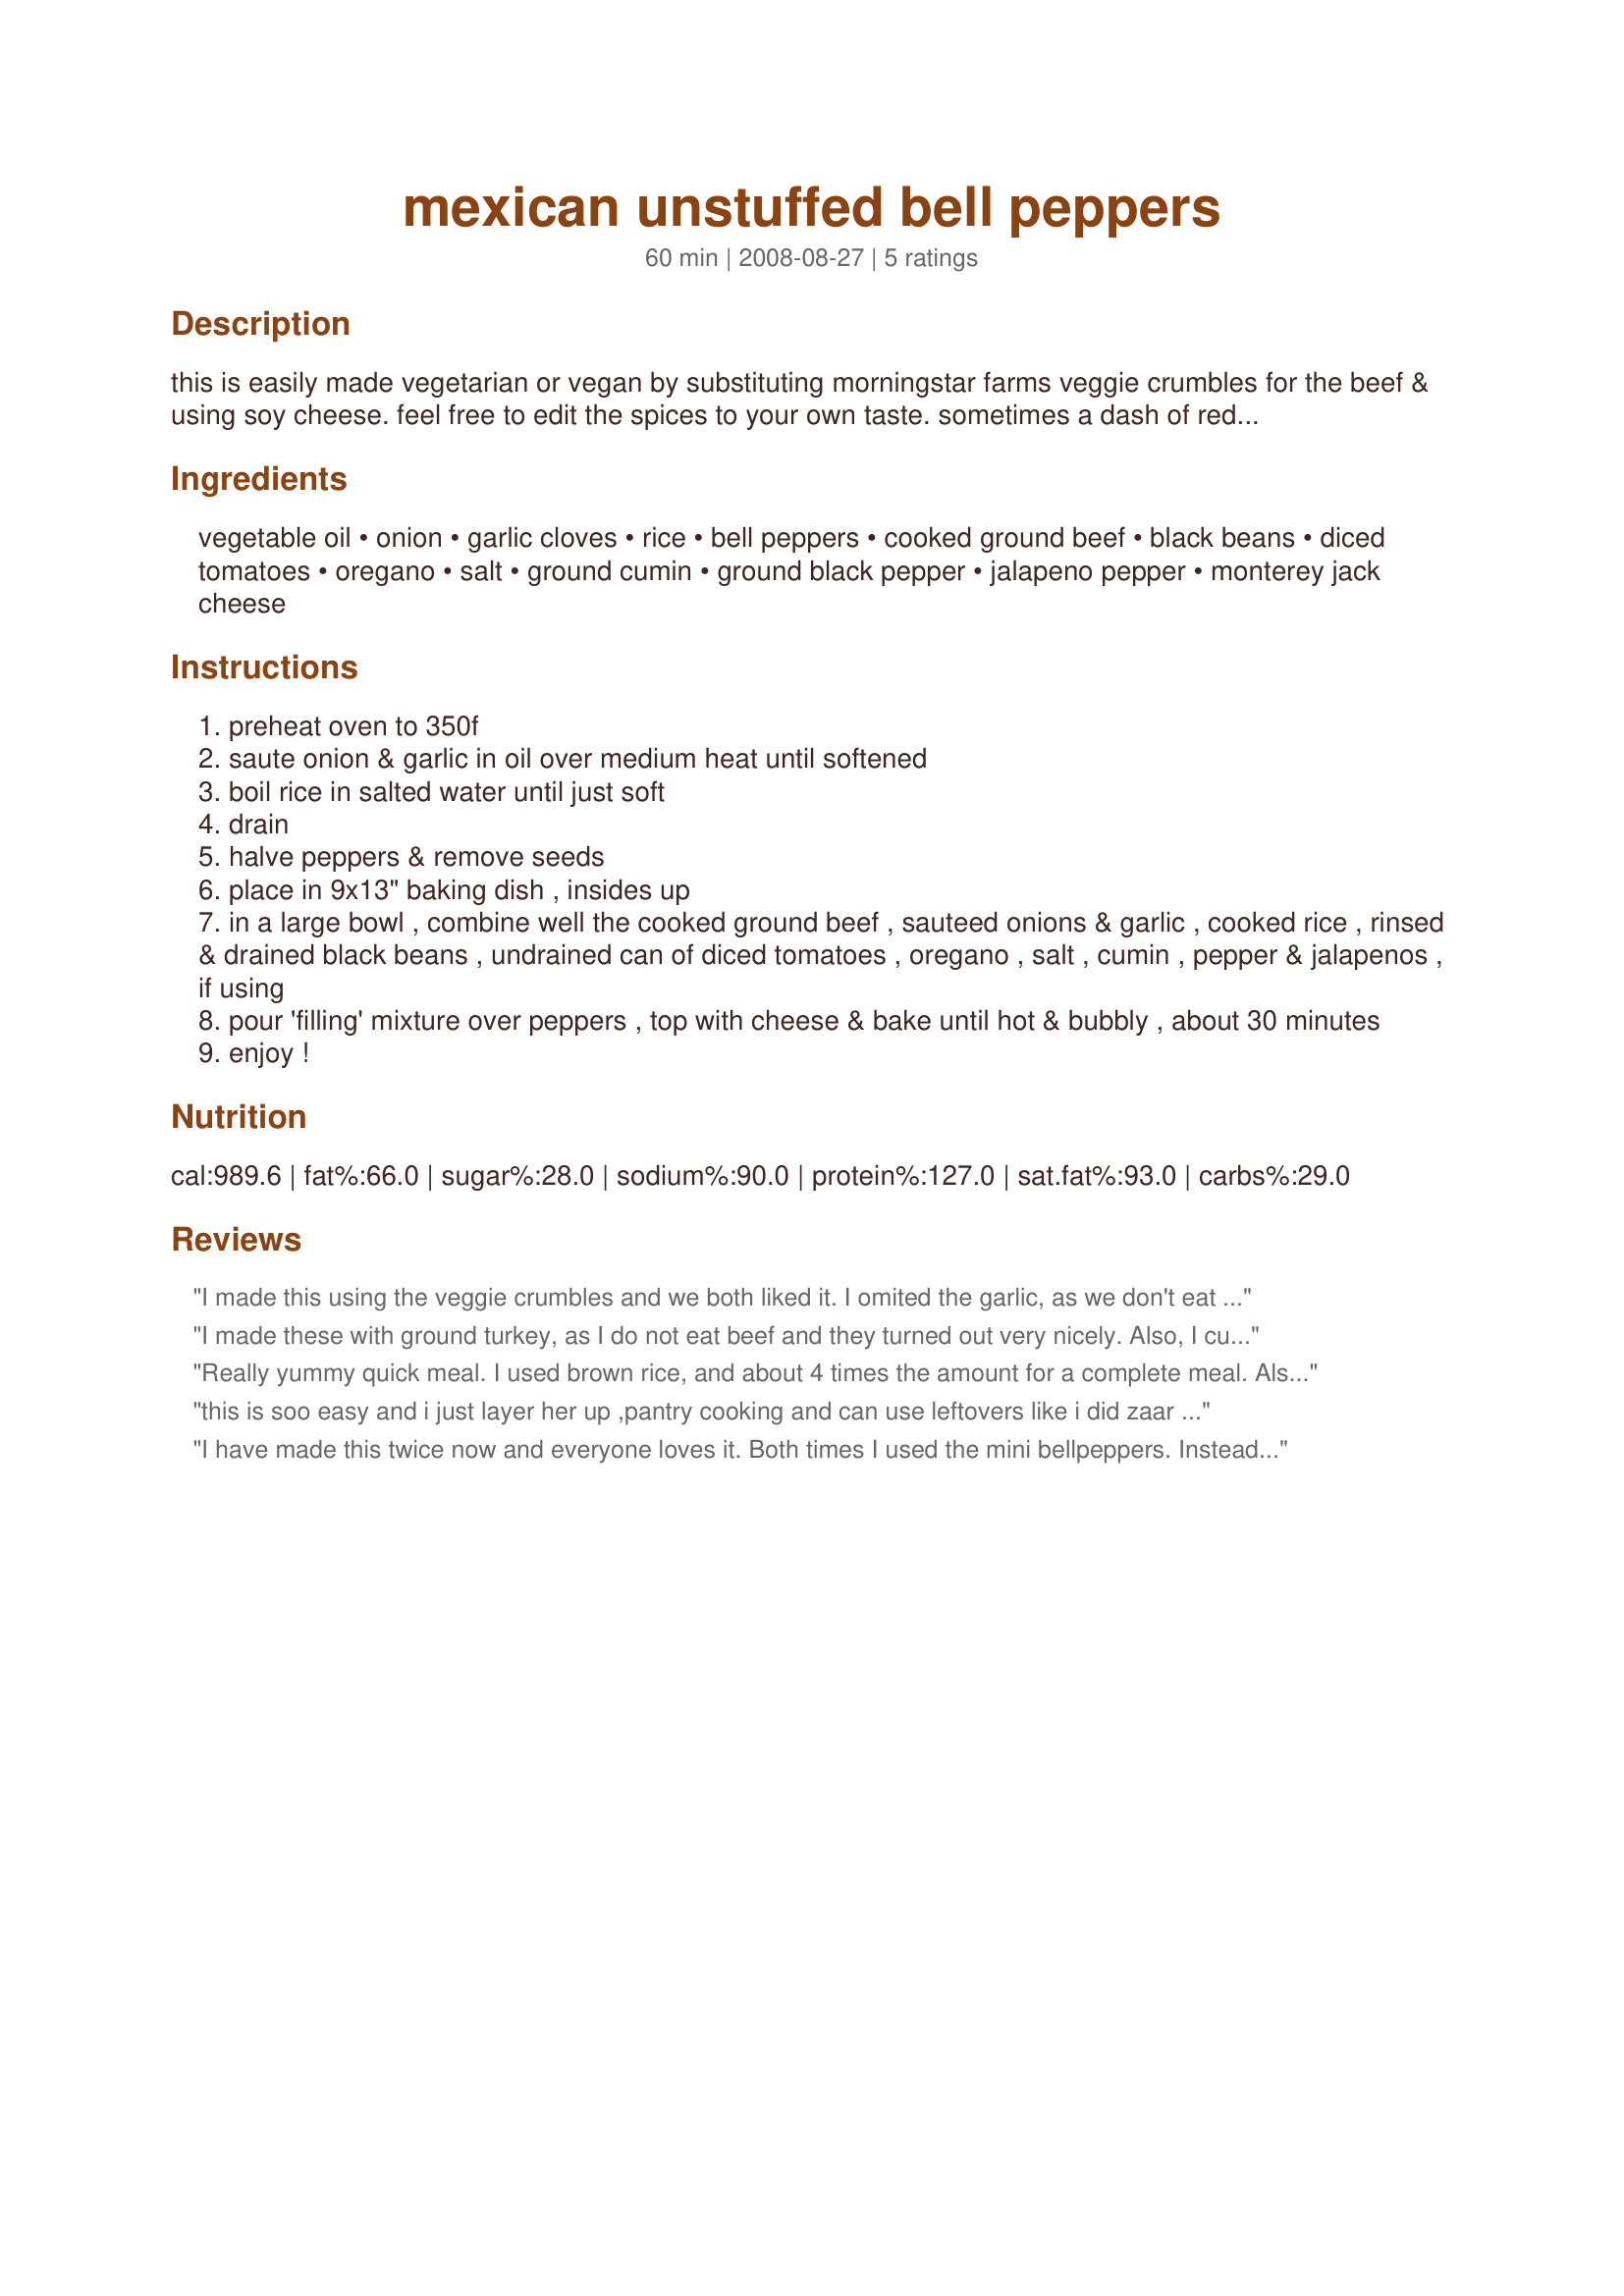
mexican unstuffed bell peppers
Preparation time: 60 minutes

this is easily made vegetarian or vegan by substituting morningstar farms veggie crumbles for the beef & using soy cheese.

feel free to edit the spices to your own taste. sometimes a dash of red pepper is nice. ;)

i made this up & mom wants it on paper for her cardiac rehab cookbook & wilderness advanced life support course menu. her ya go, mom!!

Ingredients:
vegetable oil, onion, garlic cloves, rice, bell peppers, cooked ground beef, black beans, diced tomatoes, oregano, salt, ground cumin, ground black pepper, jalapeno pepper, monterey jack cheese

Steps:
preheat oven to 350f
saute onion & garlic in oil over medium heat until softened
boil rice in salted water until just soft
drain
halve peppers & remove seeds
place in 9x13" baking dish , insides up
in a large bowl , combine well the cooked ground beef , sauteed onions & garlic , cooked rice , rinsed & drained black beans , undrained can of diced tomatoes , oregano , salt , cumin , pepper & jalapenos , if using
pour 'filling' mixture over peppers , top with cheese & bake until hot & bubbly , about 30 minutes
enjoy !

Reviews:
I made this using the veggie crumbles and we both liked it. I omited the garlic, as we don't eat it, and used a mix of mild types of peppers. Since they were all sorts of shapes, I cut them into strips. I only used 15 oz of beans, as that's what size my can was. It seemed like a proper amount. I too used slightly less rice. I liked this idea of the baked Mexican mix and will use this concept again.
I made these with ground turkey, as I do not eat beef and they turned out very nicely. Also, I cut the amount of cheese way back and we did not miss it as all. We used peppers from the garden and let them be the star of the dish and it turned out great. Made for ZWT8.
Really yummy quick meal. I used brown rice, and about 4 times the amount for a complete meal. Also used less salt and cheese for our tastes. I think you could use very little cheese and for maximum impact grate it over as it comes out of the oven.
this is soo easy and i just layer her up ,pantry cooking and can use leftovers like i did zaar world tour 8 sorry about stars elves grr
I have made this twice now and everyone loves it. Both times I used the mini bellpeppers. Instead of pouring over them, I stuck them in the top of the casserole before covering with cheese. This is delicious.
